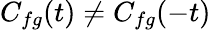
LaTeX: C_{fg}(t)\neq C_{fg}(-t)